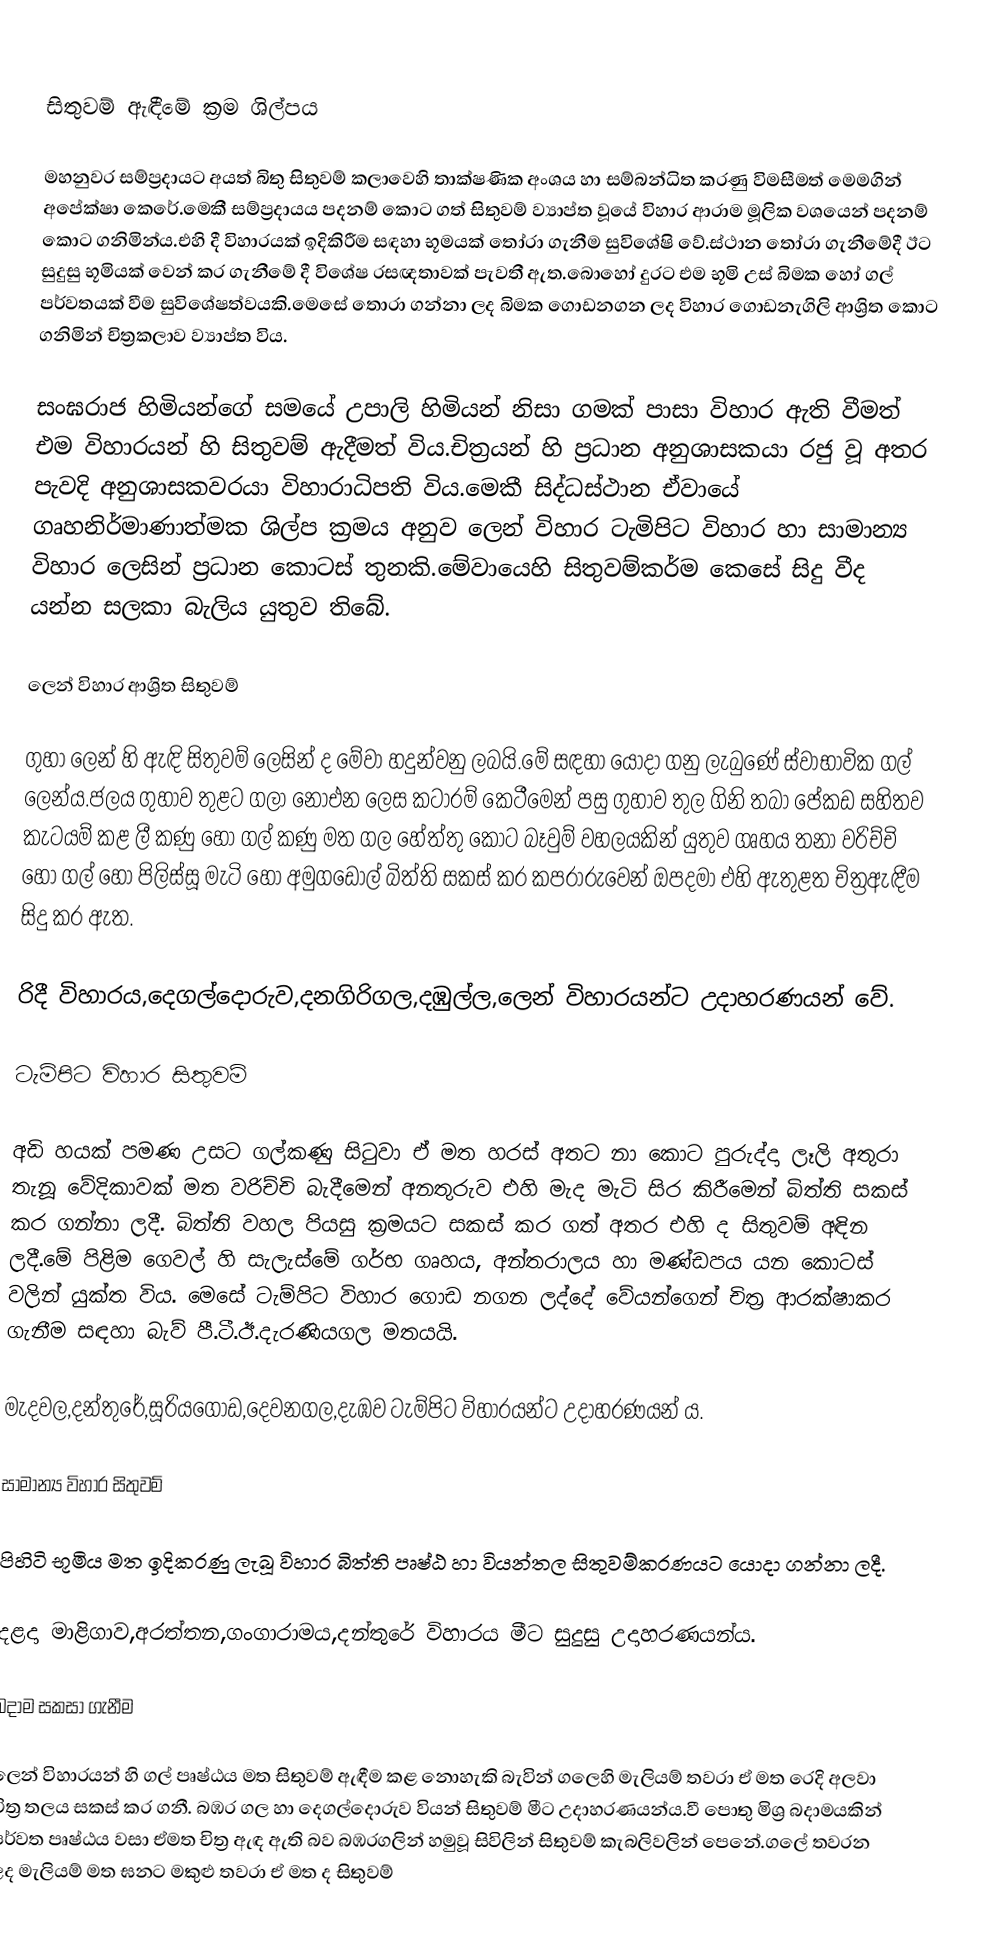

සිතුවම් ඇඳීමේ ක්‍රම ශිල්පය

මහනුවර සම්ප්‍රදායට අයත් බිතු සිතුවම් කලාවෙහි තාක්ෂණික අංශය හා සම්බන්ධිත කරණු විමසීමත් මෙමගින් අපේක්ෂා කෙරේ.මෙකී සම්ප්‍රදායය පදනම් කොට ගත් සිතුවම් ව්‍යාප්ත වූයේ විහාර ආරාම මූලික වශයෙන් පදනම් කොට ගනිමින්ය.එහි දී විහාරයක් ඉදිකිරීම සඳහා භූමයක් තෝරා ගැනීම සුවිශේෂි වේ.ස්ථාන තෝරා ගැනීමේදී ඊට සුදුසු භූමියක් වෙන් කර ගැනීමේ දී විශේෂ රසඥතාවක් පැවතී ඇත.බොහෝ දුරට එම භූමි උස් බිමක හෝ ගල් පර්වතයක් වීම සුවිශේෂත්වයකි.මෙසේ තොරා ගන්නා ලද බිමක ගොඩනගන ලද විහාර ගොඩනැගිලි ආශ්‍රිත කොට ගනිමින් චිත්‍රකලාව ව්‍යාප්ත විය.

සංඝරාජ හිමියන්ගේ සමයේ උපාලි හිමියන් නිසා ගමක් පාසා විහාර ඇති වීමත් එම විහාරයන් හි සිතුවම් ඇදීමත් විය.චිත්‍රයන් හි ප්‍රධාන අනුශාසකයා රජු වූ අතර පැවදි අනුශාසකවරයා විහාරාධිපති විය.මෙකී සිද්ධස්ථාන ඒවායේ ගෘහනිර්මාණාත්මක ශිල්ප ක්‍රමය අනුව ලෙන් විහාර ටැමිපිට විහාර හා සාමාන්‍ය විහාර ලෙසින් ප්‍රධාන කොටස් තුනකි.මේවායෙහි සිතුවම්කර්ම කෙසේ සිදු වීද යන්න සලකා බැලිය යුතුව තිබේ.

ලෙන් විහාර ආශ්‍රිත සිතුවම්

ගුහා ලෙන් හි ඇඳි සිතුවම් ලෙසින් ද මේවා හදුන්වනු ලබයි.මේ සඳහා යොදා ගනු ලැබුණේ ස්වාභාවික ගල් ලෙන්ය.ජලය ගුහාව තුළට ගලා නොඑන ලෙස කටාරම් කෙටීමෙන් පසු ගුහාව තුල ගිනි තබා පේකඩ සහිතව කැටයම් කළ ලී කණු හෝ ගල් කණු මත ගල හේත්තු කොට බෑවුම් වහලයකින් යුතුව ගෘහය තනා වරිච්චි හෝ ගල් හෝ පිලිස්සූ මැටි හෝ අමුගඩොල් බිත්ති සකස් කර කපරාරුවෙන් ඔපදමා එහි ඇතුළත චිත්‍රඇඳීම සිදු කර ඇත.

රිදී විහාරය,දෙගල්දොරුව,දනගිරිගල,දඹුල්ල,ලෙන් විහාරයන්ට උදාහරණයන් වේ.

ටැම්පිට විහාර සිතුවම්

අඩි හයක් පමණ උසට ගල්කණු සිටුවා ඒ මත හරස් අතට නා කොට පුරුද්දා ලෑලි අතුරා තැනූ වේදිකාවක් මත  වරිච්චි බැදීමෙන් අනතුරුව එහි මැද මැටි සිර කිරීමෙන් බිත්ති සකස් කර ගන්නා ලදී. බිත්ති වහල පියසු  ක්‍රමයට සකස් කර ගත් අතර එහි ද සිතුවම් අඳින ලදී.මේ පිළිම ගෙවල් හි සැලැස්මේ ගර්භ ගෘහය, අන්තරාලය හා මණ්ඩපය යන කොටස් වලින් යුක්ත විය. මෙසේ ටැම්පිට විහාර ගොඩ නගන ලද්දේ වේයන්ගෙන් චිත්‍ර ආරක්ෂාකර ගැනීම සඳහා බැව් පී.ටී.ඊ.දැරණියගල මතයයි.

මැදවල,දන්තුරේ,සූරියගොඩ,දෙවනගල,දැඹව ටැම්පිට විහාරයන්ට උදාහරණයන් ය.

සාමාන්‍ය විහාර සිතුවම්

පිහිටි භූමිය මත ඉදිකරණු ලැබූ විහාර බිත්ති පෘෂ්ඨ හා වියන්තල සිතුවම්කරණයට යොදා ගන්නා ලදී.

දළදා මාළිගාව,අරත්තන,ගංගාරාමය,දන්තුරේ විහාරය මීට සුදුසු උදාහරණයන්ය.

බදාම සකසා ගැනීම

ලෙන් විහාරයන් හි ගල් පෘෂ්ඨය මත සිතුවම් ඇඳීම කළ නොහැකි බැවින් ගලෙහි මැලියම් තවරා ඒ මත රෙදි අලවා චිත්‍ර තලය සකස් කර ගනී. බඹර ගල හා දෙගල්දොරුව වියන් සිතුවම් මීට උදාහරණයන්ය.වී පොතු මිශ්‍ර බදාමයකින් පර්වත පෘෂ්ඨය වසා ඒමත චිත්‍ර ඇඳ  ඇති බව බඹරගලින් හමුවූ සිවිලින් සිතුවම් කැබලිවලින් පෙනේ.ගලේ තවරන ලද මැලියම් මත ඝනට මකුළු තවරා ඒ මත ද සිතුවම්